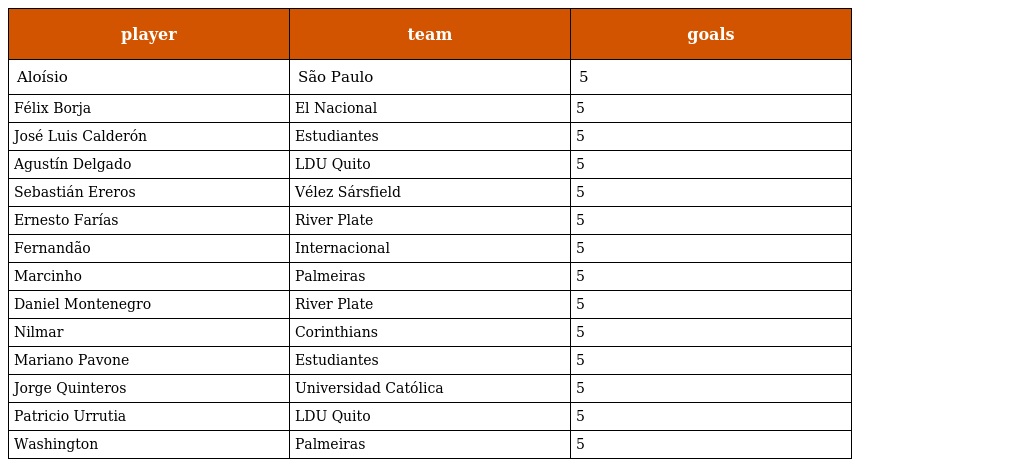
| player | team | goals |
 | --- | --- | --- |
 | Aloísio | São Paulo | 5 |
 | Félix Borja | El Nacional | 5 |
 | José Luis Calderón | Estudiantes | 5 |
 | Agustín Delgado | LDU Quito | 5 |
 | Sebastián Ereros | Vélez Sársfield | 5 |
 | Ernesto Farías | River Plate | 5 |
 | Fernandão | Internacional | 5 |
 | Marcinho | Palmeiras | 5 |
 | Daniel Montenegro | River Plate | 5 |
 | Nilmar | Corinthians | 5 |
 | Mariano Pavone | Estudiantes | 5 |
 | Jorge Quinteros | Universidad Católica | 5 |
 | Patricio Urrutia | LDU Quito | 5 |
 | Washington | Palmeiras | 5 |